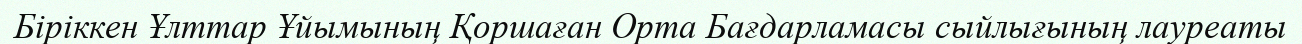
Біріккен Ұлттар Ұйымының Қоршаған Орта Бағдарламасы сыйлығының лауреаты